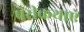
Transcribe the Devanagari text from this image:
परीकथाएं